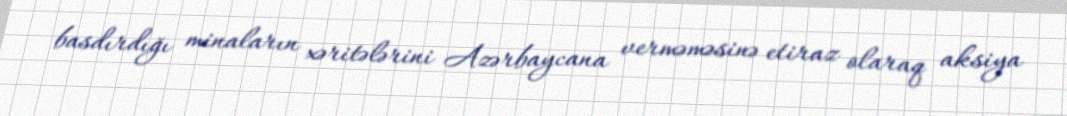
basdırdığı minaların xəritələrini Azərbaycana verməməsinə etiraz olaraq aksiya